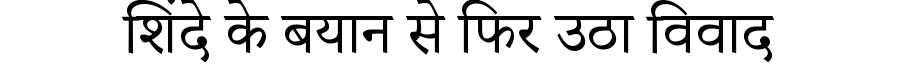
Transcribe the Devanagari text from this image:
शिंदे के बयान से फिर उठा विवाद